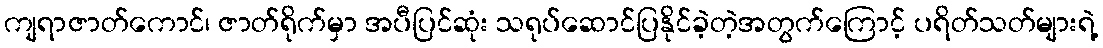
ကျရာဇာတ်ကောင်၊ ဇာတ်ရိုက်မှာ အပီပြင်ဆုံး သရုပ်ဆောင်ပြနိုင်ခဲ့တဲ့အတွက်ကြောင့် ပရိတ်သတ်များရဲ့